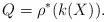
LaTeX: \begin{align*}Q=\rho^*(k(X)).\end{align*}